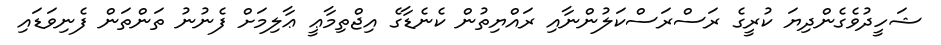
ޝަހީދުވެގެންދިޔަ ކުރީގެ ރަސްރަސްކަލުންނާއި ރައްޔިތުން ކެނެޑާގެ އިޖްތިމާޢީ ޢާލިމަށް ފެނުނު ތަންތަން ފެނިވަޑައި